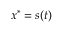
x ^ { * } = s ( t )